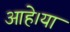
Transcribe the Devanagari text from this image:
आहे।या